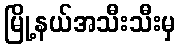
မြို့နယ်အသီးသီးမှ